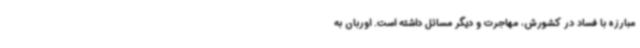
مبارزه با فساد در کشورش، مهاجرت و دیگر مسائل داشته است. اوربان به